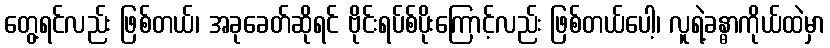
တွေ့ရင်လည်း ဖြစ်တယ်၊ အခုခေတ်ဆိုရင် ဗိုင်းရပ်စ်ပိုးကြောင့်လည်း ဖြစ်တယ်ပေါ့၊ လူရဲ့ခန္ဓာကိုယ်ထဲမှာ